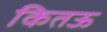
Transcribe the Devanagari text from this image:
कितऊ